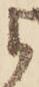
よ